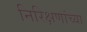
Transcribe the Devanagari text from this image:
निरिक्षणांच्या